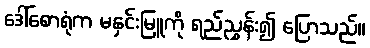
ဒေါ်စောရုံက မနှင်းမြူကို ရည်ညွှန်း၍ ပြောသည်။